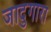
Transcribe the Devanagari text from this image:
जादुगारा